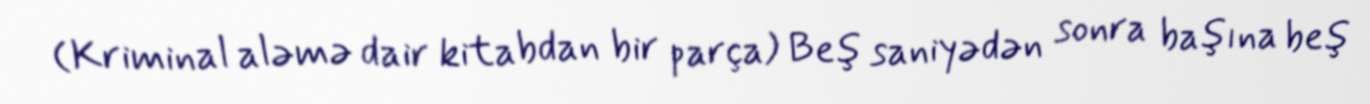
(Kriminal aləmə dair kitabdan bir parça) Beş saniyədən sonra başına beş